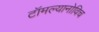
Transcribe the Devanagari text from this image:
टॉमल्यानोविच